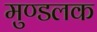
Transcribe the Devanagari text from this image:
मुण्डलक